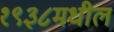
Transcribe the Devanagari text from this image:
१९३८मधील